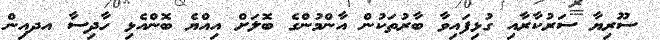
ސޫރިޔާ ސަރުކާރާއި ގުޅިފައިވާ ބާރުތަކުން އާންމުންގެ ބޮލަށް އިއްޔެ ބޮންއެޅި ހާދިސާ އދއިން